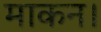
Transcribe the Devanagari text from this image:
माकन।